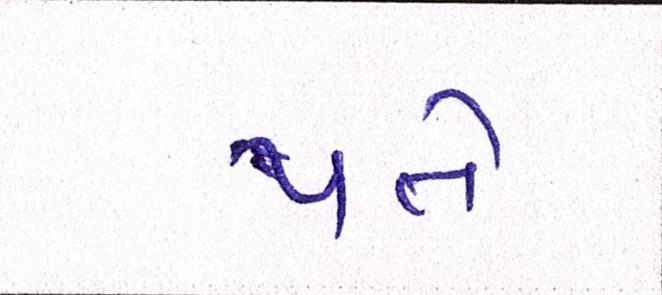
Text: થતે